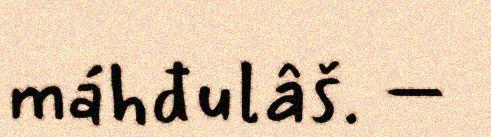
máhđulâš. –